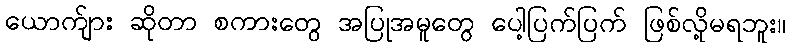
ယောက်ျား ဆိုတာ စကားတွေ အပြုအမူတွေ ပေါ့ပြက်ပြက် ဖြစ်လို့မရဘူး။